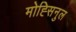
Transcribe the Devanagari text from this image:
मोह्सिनुल